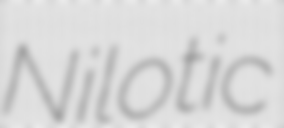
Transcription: Nilotic